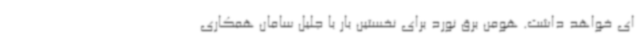
ای خواهد داشت. هومن برق نورد برای نخستین بار با جلیل سامان همکاری